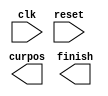
//Use tremux algorithm to solve maze.
//

module module_2013210101 (clk, reset, curpos, finish);
	input clk;
	input reset;
	output [5:0] curpos;
	output finish;

	//TODO: pathfinding routine;

	always @ (posedge clk)
	begin
	end

endmodule